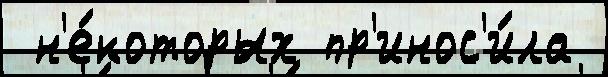
 н'е́которых пр'инос'и́ла